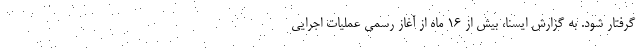
گرفتار شود. به گزارش ایسنا، بیش از ۱۶ ماه از آغاز رسمی عملیات اجرایی